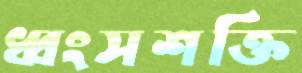
ধ্বংসশক্তি